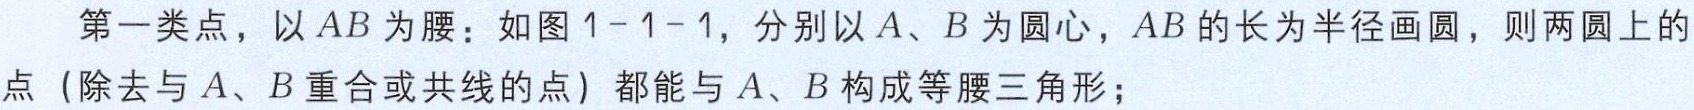
第一类点，以 \(AB\) 为腰：如图1-1-1，分别以 \(A\)、\(B\) 为圆心，\(AB\) 的长为半径画圆，则两圆上的点（除去与 \(A\)、\(B\) 重合或共线的点）都能与 \(A\)、\(B\) 构成等腰三角形；